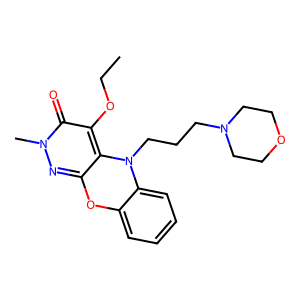
SMILES: CCOc1c2c(nn(C)c1=O)Oc1ccccc1N2CCCN1CCOCC1
Inhibits HIV replication: No